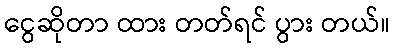
ငွေဆိုတာ ထား တတ်ရင် ပွား တယ်။